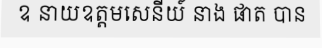
ឧ នាយឧត្តមសេនីយ៍ នាង ផាត បាន